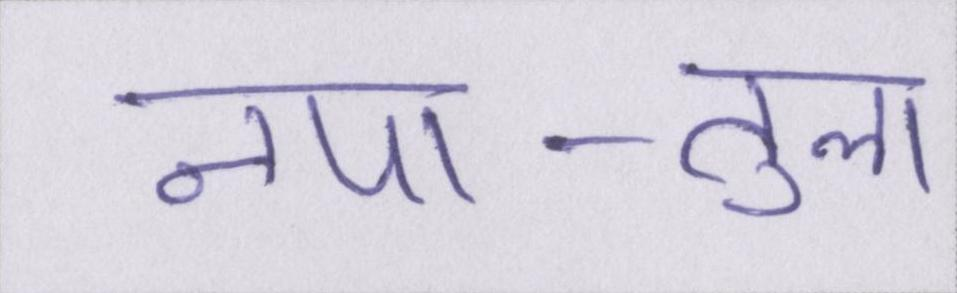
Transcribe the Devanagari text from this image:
नपा-तुला